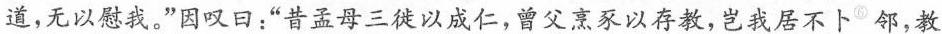
道，无以慰我。”因叹日：“昔孟母三徙以成仁，曾父烹豕以存教，岂我居不卜^{⑥}邻，教